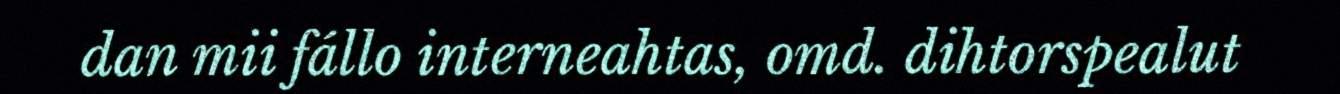
dan mii fállo interneahtas, omd. dihtorspealut